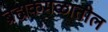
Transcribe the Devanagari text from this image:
ब्रह्मकमळातील